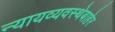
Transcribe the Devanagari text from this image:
न्यायव्यवस्थेबाहेर